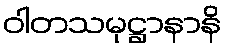
ဝါတသမုဋ္ဌာနာနိ